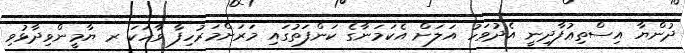
ދުންޔާ އިސްތިޢުފާދިނީ އެދުވަހު އަލަށް އެކަމަނާގެ ކަންފަތުގައި މަރަށްމަރުހިފާ ވާހަކަ ރ ޔާމީންވިދާޅުވި